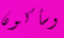
وسأكون